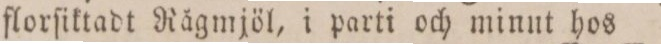
florſiktadt Rågmjöl, i parti och minut hos